Annual report on the lock hospitals of the Madras Presidency
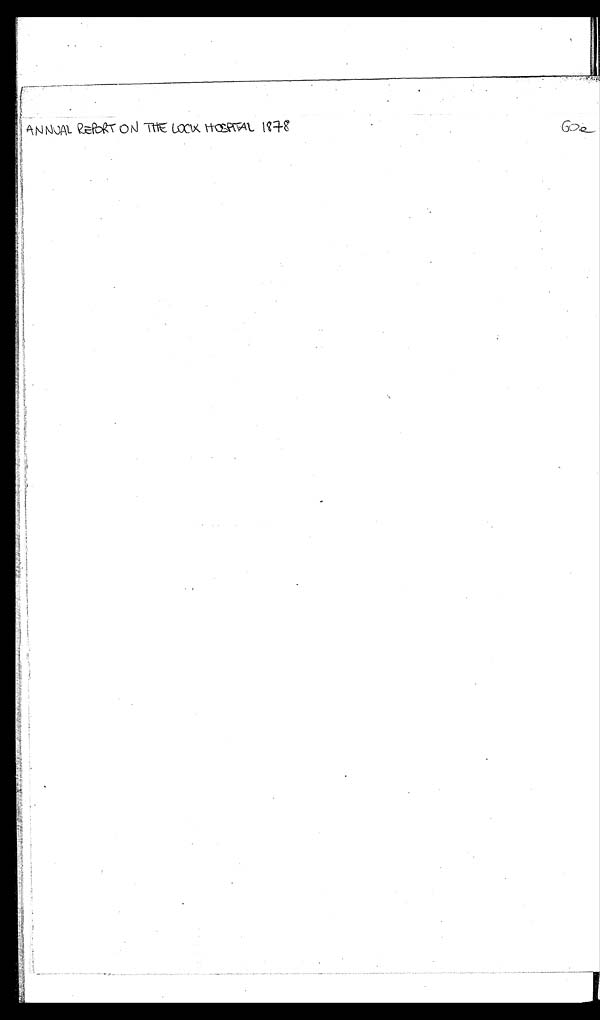
ANNUAL REP ORT ON THE LOCK,HOSPITAL 1878.